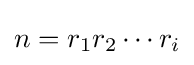
n=r_{1}r_{2}\cdots r_{i}